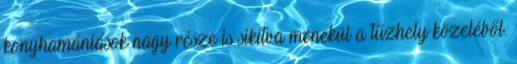
konyhamániások nagy része is sikítva menekül a tűzhely közeléből.